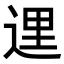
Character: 𨓦